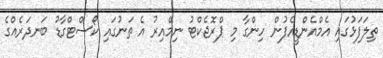
ތިލަފަޅުގައި އެމްއެންޑީއެފުން ހިންގާ މި ޕްރޮޖެކްޓު ނިމޭއިރު އެ ތަނުގައި ކޯސްޓްގާޑު ބަނދަރެއްގެ